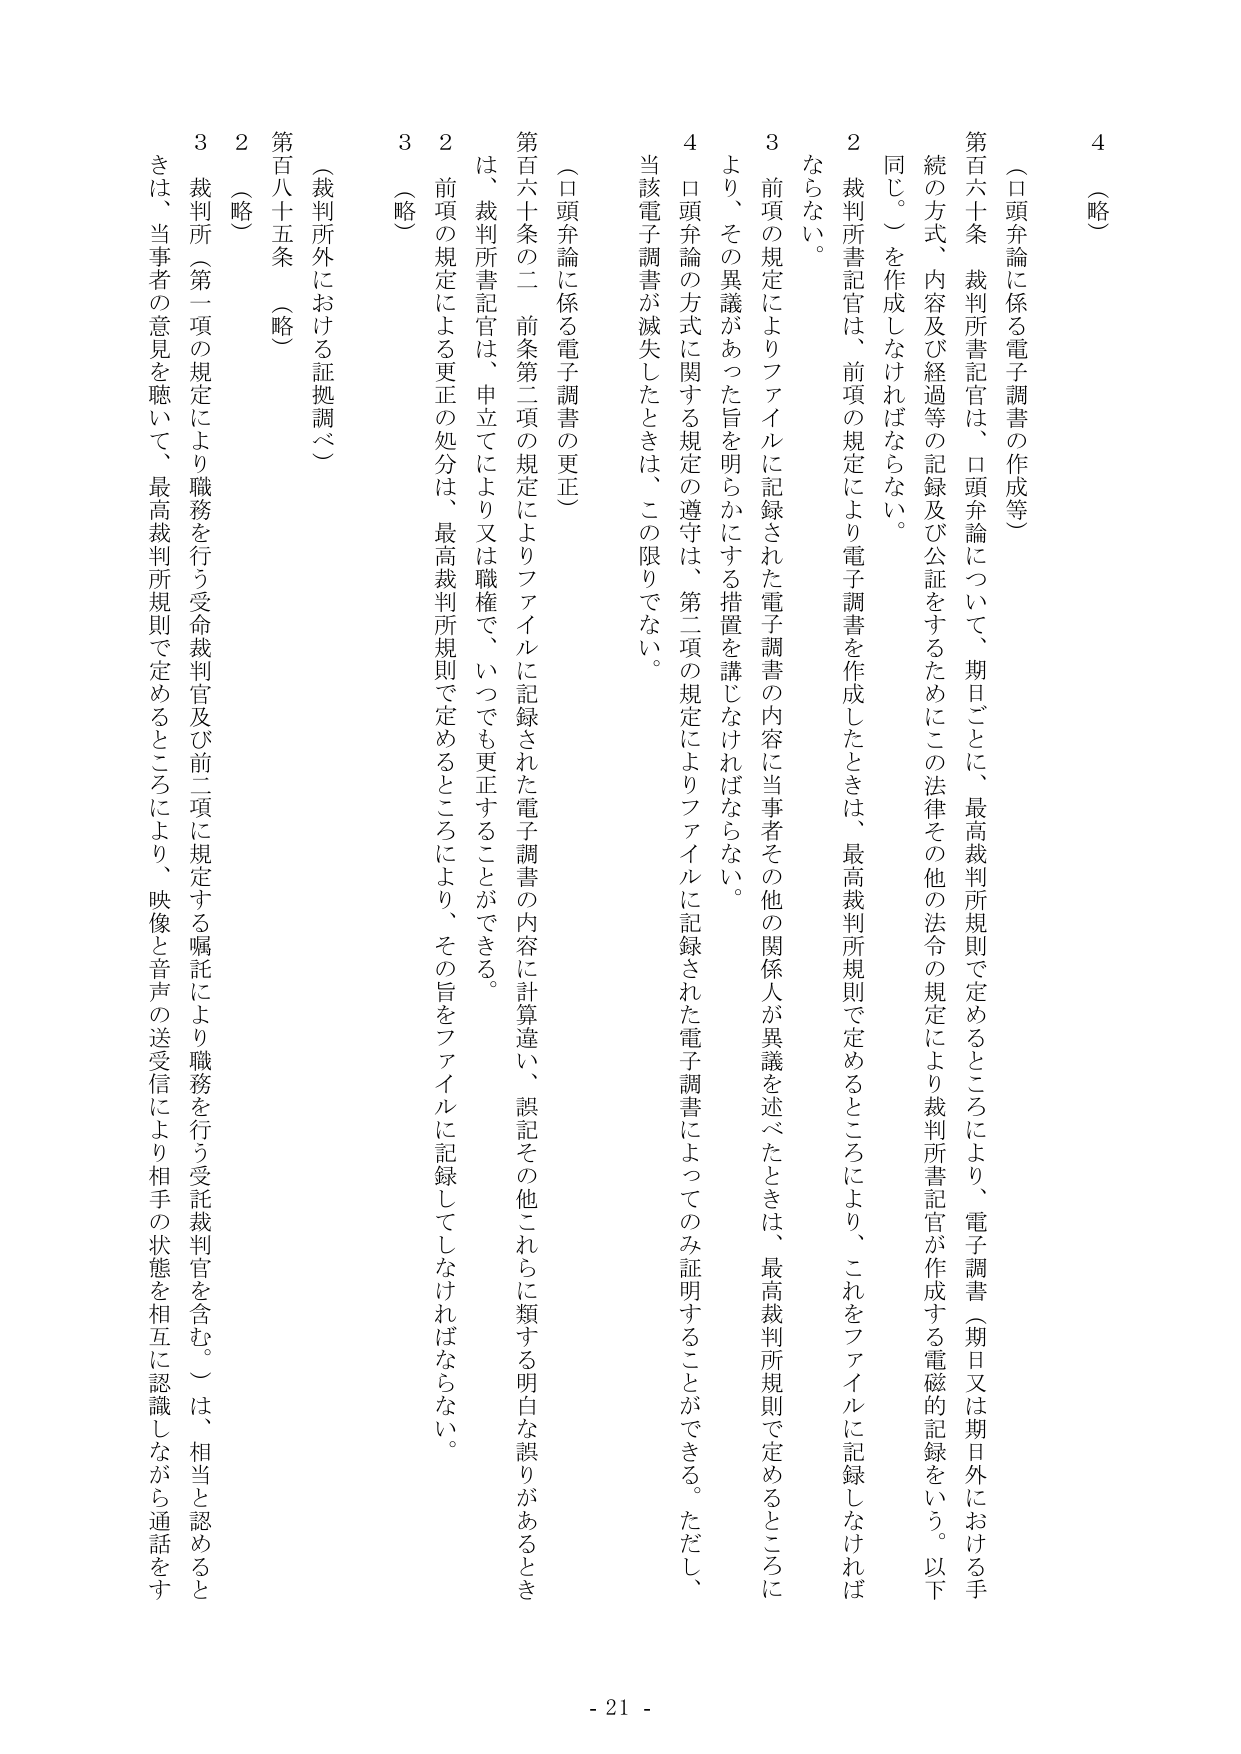
4 （略）

（口頭弁論に係る電子調書の作成等）

第百六十条 裁判所書記官は、口頭弁論について、期日ごとに、最高裁判所規則で定めるところにより、電子調書（期日又は期日外における手続の方式、内容及び経過等の記録及び公証をするためにこの法律その他の法令の規定により裁判所書記官が作成する電磁的記録をいう。以下同じ。）を作成しなければならない。

2 裁判所書記官は、前項の規定により電子調書を作成したときは、最高裁判所規則で定めるところにより、これをファイルに記録しなければならない。

3 前項の規定によりファイルに記録された電子調書の内容に当事者その他の関係人が異議を述べたときは、最高裁判所規則で定めるところにより、その異議があった旨を明らかにする措置を講じなければならない。

4 口頭弁論の方式に関する規定の遵守は、第二項の規定によりファイルに記録された電子調書によってのみ証明することができる。ただし、当該電子調書が滅失したときは、この限りでない。

（口頭弁論に係る電子調書の更正）

第百六十条の二 前条第二項の規定によりファイルに記録された電子調書の内容に計算違い、誤記その他これらに類する明白な誤りがあるときは、裁判所書記官は、申立てにより又は職権で、いつでも更正することができる。

2 前項の規定による更正の処分は、最高裁判所規則で定めるところにより、その旨をファイルに記録してしなければならない。

3 （略）

（裁判所外における証拠調べ）

第百八十五条 （略）

2 （略）

3 裁判所（第一項の規定により職務を行う受命裁判官及び前二項に規定する嘱託により職務を行う受託裁判官を含む。）は、相当と認めるとときは、当事者の意見を聴いて、最高裁判所規則で定めるところにより、映像と音声の送受信により相手の状態を相互に認識しながら通話をする

- 21 -